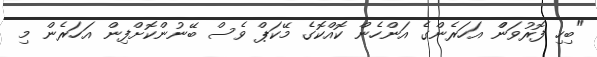
"ބިހި ފޮރުވަންް އަހަރެންގެ އަންހެން ކޮއްކޮގެ މޭކަޕް ވެސް ބޭނުންކޮށްފިން އަހަރެން މި